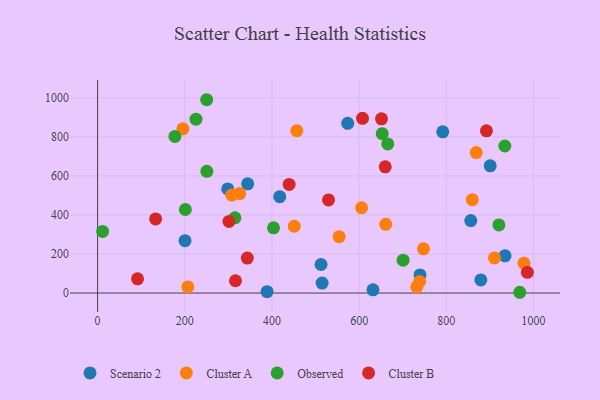
{"axis": {"x": "Study Hours", "y": "Demand"}, "legend": ["Cluster A", "Cluster B", "Observed", "Scenario 2"], "data": [{"x": "417.8", "y": 493.6, "type": "Scenario 2"}, {"x": "200.6", "y": 268.4, "type": "Scenario 2"}, {"x": "344.3", "y": 559.6, "type": "Scenario 2"}, {"x": "856.0", "y": 371.1, "type": "Scenario 2"}, {"x": "298.5", "y": 533.5, "type": "Scenario 2"}, {"x": "879.1", "y": 67.4, "type": "Scenario 2"}, {"x": "739.5", "y": 92.6, "type": "Scenario 2"}, {"x": "791.7", "y": 826.0, "type": "Scenario 2"}, {"x": "934.5", "y": 190.7, "type": "Scenario 2"}, {"x": "515.0", "y": 51.0, "type": "Scenario 2"}, {"x": "512.6", "y": 146.3, "type": "Scenario 2"}, {"x": "388.8", "y": 7.1, "type": "Scenario 2"}, {"x": "900.5", "y": 652.0, "type": "Scenario 2"}, {"x": "631.7", "y": 16.5, "type": "Scenario 2"}, {"x": "573.7", "y": 869.8, "type": "Scenario 2"}, {"x": "868.6", "y": 719.7, "type": "Cluster A"}, {"x": "195.7", "y": 841.6, "type": "Cluster A"}, {"x": "859.5", "y": 478.4, "type": "Cluster A"}, {"x": "738.9", "y": 59.1, "type": "Cluster A"}, {"x": "732.0", "y": 31.4, "type": "Cluster A"}, {"x": "554.0", "y": 288.8, "type": "Cluster A"}, {"x": "326.0", "y": 509.4, "type": "Cluster A"}, {"x": "978.0", "y": 152.9, "type": "Cluster A"}, {"x": "660.9", "y": 351.9, "type": "Cluster A"}, {"x": "307.7", "y": 502.1, "type": "Cluster A"}, {"x": "207.0", "y": 31.5, "type": "Cluster A"}, {"x": "910.3", "y": 179.8, "type": "Cluster A"}, {"x": "457.0", "y": 831.9, "type": "Cluster A"}, {"x": "605.6", "y": 437.1, "type": "Cluster A"}, {"x": "747.5", "y": 226.6, "type": "Cluster A"}, {"x": "451.1", "y": 342.2, "type": "Cluster A"}, {"x": "403.6", "y": 334.0, "type": "Observed"}, {"x": "652.8", "y": 816.7, "type": "Observed"}, {"x": "665.6", "y": 764.0, "type": "Observed"}, {"x": "11.6", "y": 315.5, "type": "Observed"}, {"x": "250.2", "y": 990.5, "type": "Observed"}, {"x": "201.3", "y": 428.1, "type": "Observed"}, {"x": "920.5", "y": 349.0, "type": "Observed"}, {"x": "225.8", "y": 890.6, "type": "Observed"}, {"x": "250.6", "y": 623.6, "type": "Observed"}, {"x": "968.3", "y": 3.9, "type": "Observed"}, {"x": "700.8", "y": 168.5, "type": "Observed"}, {"x": "177.4", "y": 802.6, "type": "Observed"}, {"x": "934.1", "y": 753.5, "type": "Observed"}, {"x": "315.0", "y": 385.4, "type": "Observed"}, {"x": "316.3", "y": 63.0, "type": "Cluster B"}, {"x": "301.4", "y": 366.9, "type": "Cluster B"}, {"x": "439.4", "y": 556.6, "type": "Cluster B"}, {"x": "659.8", "y": 646.6, "type": "Cluster B"}, {"x": "133.2", "y": 379.7, "type": "Cluster B"}, {"x": "651.2", "y": 892.6, "type": "Cluster B"}, {"x": "607.7", "y": 895.3, "type": "Cluster B"}, {"x": "343.4", "y": 179.1, "type": "Cluster B"}, {"x": "985.8", "y": 106.1, "type": "Cluster B"}, {"x": "529.7", "y": 477.1, "type": "Cluster B"}, {"x": "891.9", "y": 831.1, "type": "Cluster B"}, {"x": "91.7", "y": 72.9, "type": "Cluster B"}]}